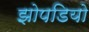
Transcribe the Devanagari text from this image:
झोपडियो